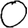
Digit: 0